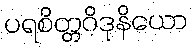
ပရစိတ္တဝိဒုနိယော